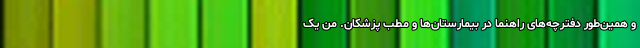
و همین‌طور دفترچه‌های راهنما در بیمارستان‌ها و مطب پزشکان. من یک